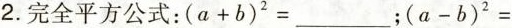
2.完全平方公式：$$(a+b)^{2}=___$$; $$(a-b)^{2}=$$